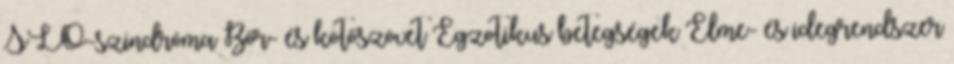
SLO-szindróma Bőr- és kötőszövet Egzotikus betegségek Elme- és idegrendszer